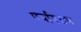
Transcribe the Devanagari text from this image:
पर्यावराण